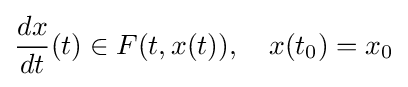
{\frac {dx}{dt}}(t)\in F(t,x(t)),\quad x(t_{0})=x_{0}